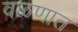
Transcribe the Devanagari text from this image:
वळणात